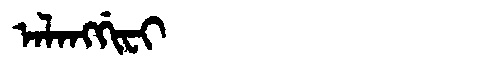
Manchu: ᠠᠯᠠᠩᡤᡳᠸᡳ
Romanization: ALANGGIFI